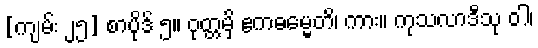
[ကျမ်း ၂၅] စာပိုဒ် ၅။ ဝုတ္တမှိ ဧကဓမ္မေတိ၊ ကား။ ကုသလာဒီသု ဝါ၊